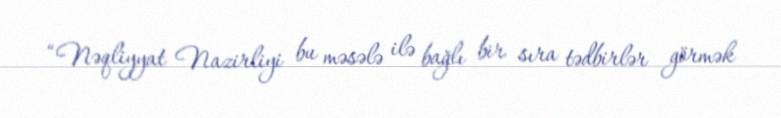
“Nəqliyyat Nazirliyi bu məsələ ilə bağlı bir sıra tədbirlər görmək